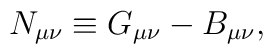
N_{\mu \nu} \equiv G_{\mu \nu }-B_{\mu \nu}  ,